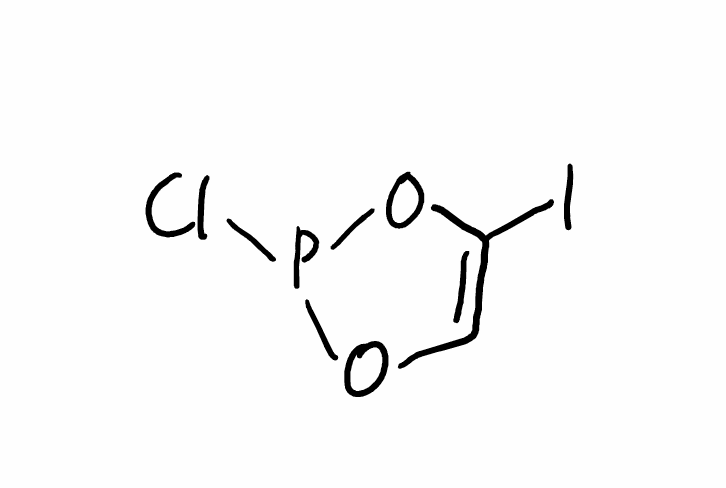
Simplified molecular-input line-entry system (SMILES) notation of the given molecule:
C1=C(OP(O1)Cl)I